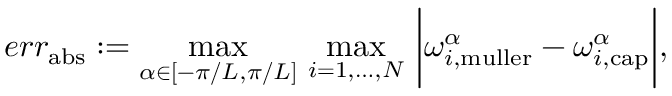
e r r _ { \mathrm { a b s } } : = \operatorname* { m a x } _ { \alpha \in [ - \pi / L , \pi / L ] } \, \operatorname* { m a x } _ { i = 1 , \dots , N } \, \bigg | \omega _ { i , \mathrm { m u l l e r } } ^ { \alpha } - \omega _ { i , \mathrm { c a p } } ^ { \alpha } \bigg | ,